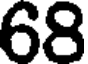
68